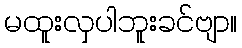
မထူးလှပါဘူးခင်ဗျာ။